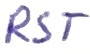
Text: RST